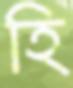
হি